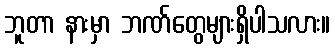
ဘူတာ နားမှာ ဘဏ်တွေများရှိပါသလား။